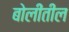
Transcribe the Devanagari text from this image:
बोलींतील